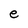
Character: e